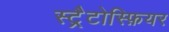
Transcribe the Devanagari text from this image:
स्ट्रैटोस्फ़ियर